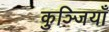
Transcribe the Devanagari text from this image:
कुञ्जियाँ